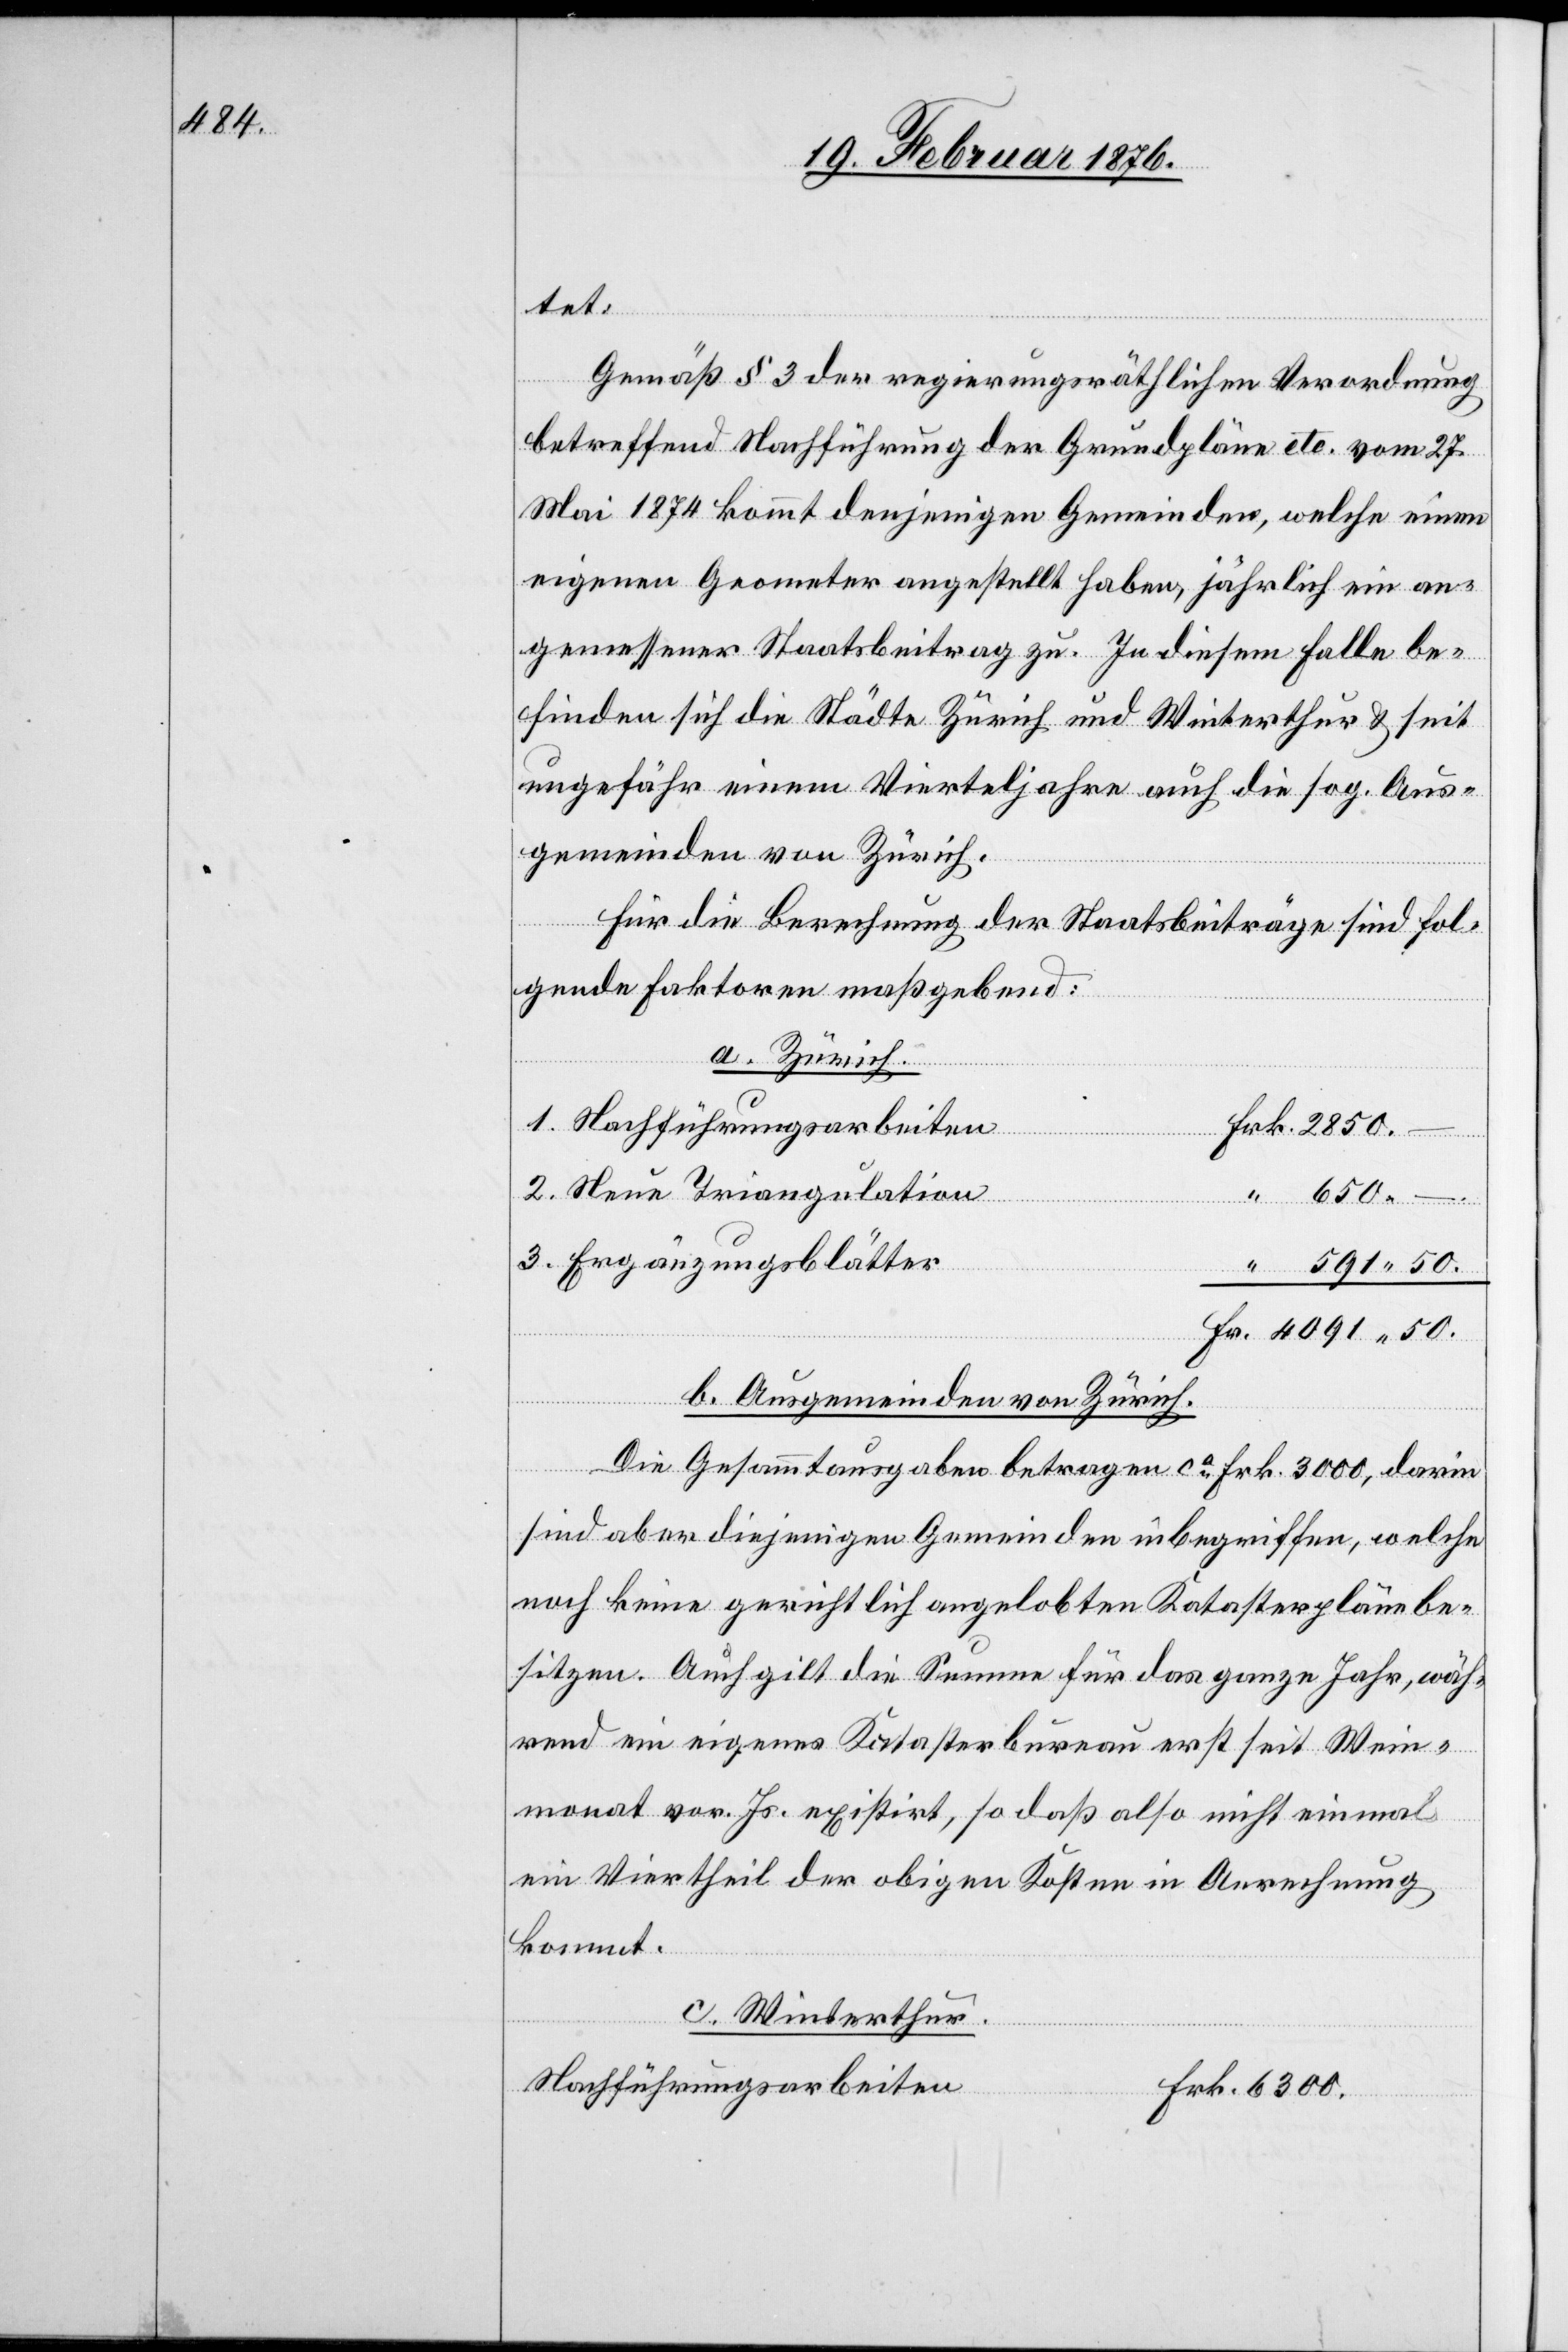
tet:
Gemäß § 3 der regierungsräthlichen Verordnung
betreffend Nachführung der Grundpläne etc. vom 27
Mai 1874 kommt denjenigen Gemeinden, welche einen
eigenen Geometer angestellt haben, jährlich ein an¬
gemessener Staatsbeitrag zu. In diesem Falle be¬
finden sich die Städte Zürich und Winterthur & seit
ungefähr einem Vierteljahr auch die sog. Aus¬
gemeinden von Zürich.
Für die Berufung der Staatsbeiträge sind fol¬
gende Faktoren maßgebend:
a. Zürich
1. Nachführungsarbeiten
2. Neue Triangulation
3. Ergänzungsblätter
b. Ausgemeinden von Zürich
Die Gesammtausgaben betragen ca Frk. 300, darin
sind aber diejenigen Gemeinden inbegriffen, welche
noch keine gerichtlich angelobten Katasterpläne be¬
sitzen. Auch gilt die Summe für das ganze Jahr, wäh¬
rend ein eigenes Katasterbureau erst seit Wein¬
monat vor. Js. existirt, so daß also nicht einmal
ein Viertheil der obigen Kosten in Anrechnung
kommt.
c. Winterthur
Nachführungsarbeiten